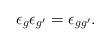
LaTeX: \begin{align*}\epsilon_g \epsilon_{g'} = \epsilon_{gg'}.\end{align*}